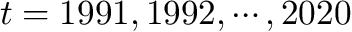
t = 1 9 9 1 , 1 9 9 2 , \cdots , 2 0 2 0